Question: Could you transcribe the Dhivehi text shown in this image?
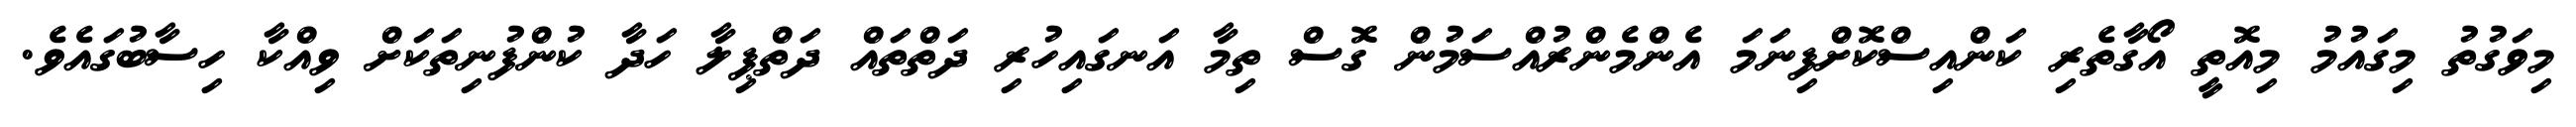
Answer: މިވަގުތު މިގައުމު މިއޮތީ އޯގާތެރި ކަންއިސްކޮށްފިނަމަ އެންމެންރުއްސަމުން ގޮސް ތިމާ އަނގައިހުރި ދަތްތައް ދަތްޕިލާ ހަދާ ކުންފުނިތަކަށް ވިއްކާ ހިސާބުގައެވެ.